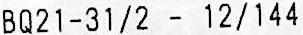
BQ21-31/2 - 12/144